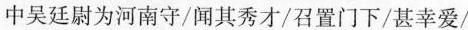
中吴廷尉为河南守/闻其秀才/召置门下/甚幸爱/